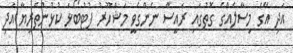
އަދި އޭގެ މިސާލެއްގެ ގޮތުގައި ރައީސް ނެންގެވީ މަޝްހޫރު ފުޓުބޯޅަ ކުޅުންތެރިޔާ އަދި